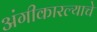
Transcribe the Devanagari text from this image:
अंगीकारल्याचे